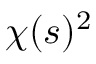
\chi ( s ) ^ { 2 }